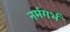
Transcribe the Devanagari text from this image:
नर्मगर्भ